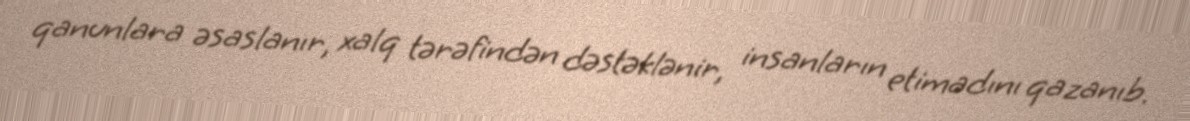
qanunlara əsaslanır, xalq tərəfindən dəstəklənir, insanların etimadını qazanıb.